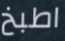
اطبخ